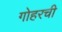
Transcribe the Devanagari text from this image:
गोहरची